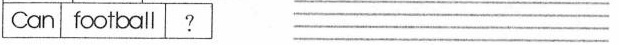
Can football? ___